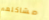
مشاكلهم